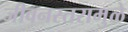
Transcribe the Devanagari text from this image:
जीवनस्तरामुळे